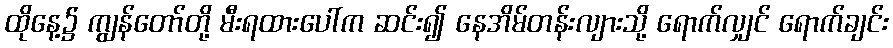
ထိုနေ့၌ ကျွန်တော်တို့ မီးရထားပေါ်က ဆင်း၍ နေအိမ်တန်းလျားသို့ ရောက်လျှင် ရောက်ချင်း